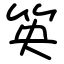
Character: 䇦